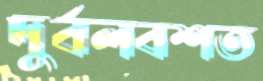
দুর্বলবশত